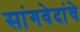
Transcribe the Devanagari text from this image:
सांगवेदांचे